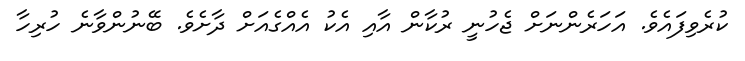
ކުރެވިފައެވެ. އަހަރެންނަށް ޖެހުނީ ރުކާން އާއި އެކު އެއްގެއަށް ދާށެވެ. ބޭނުންވާނެ ހުރިހާ